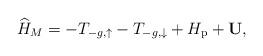
LaTeX: \begin{align*}\widehat{H}_M=-T_{-g,\uparrow}-T_{-g, \downarrow} +H_{\mathrm{p}}+\mathbf{U},\end{align*}